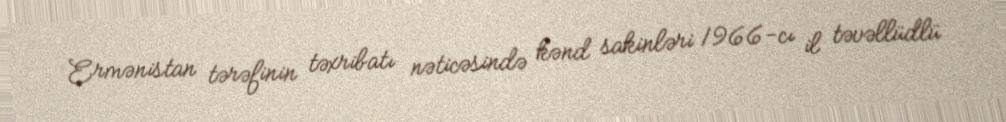
Ermənistan tərəfinin təxribatı nəticəsində kənd sakinləri 1966-cı il təvəllüdlü